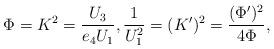
LaTeX: \begin{align*} \Phi = K^2 = \frac{U_3}{e_4U_1}, \frac1{U_1^2} = (K')^2 = \frac{(\Phi')^2}{4\Phi} ,\end{align*}